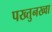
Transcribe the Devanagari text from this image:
पख्तुनख्वा